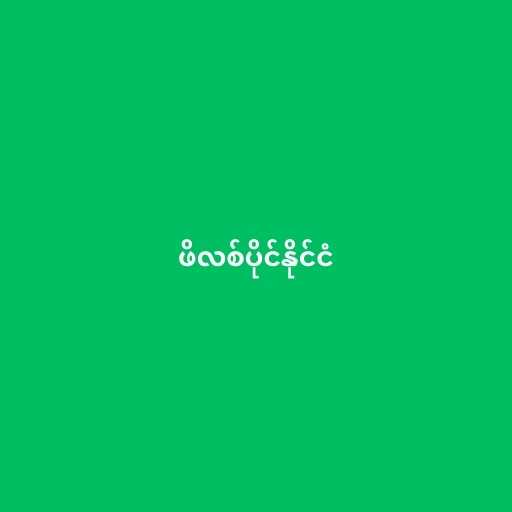
ဖိလစ်ပိုင်နိုင်ငံ